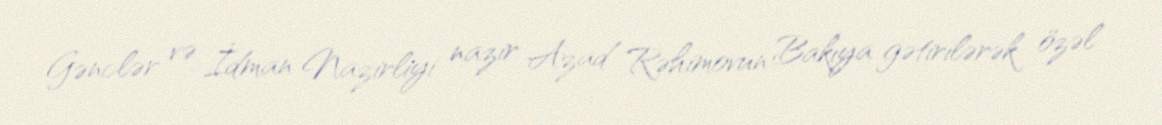
Gənclər və İdman Nazirliyi nazir Azad Rəhimovun Bakıya gətirilərək özəl